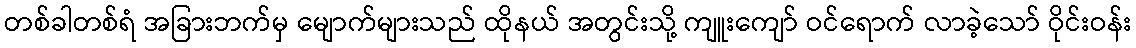
တစ်ခါတစ်ရံ အခြားဘက်မှ မျောက်များသည် ထိုနယ် အတွင်းသို့ ကျူးကျော် ဝင်ရောက် လာခဲ့သော် ဝိုင်းဝန်း